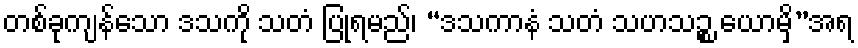
တစ်ခုကျန်သော ဒသကို သတံ ပြုရမည်၊ “ဒသကာနံ သတံ သဟသဉ္စ ယောမှိ”အရ